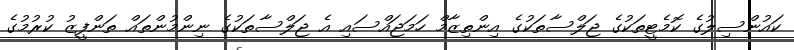
ކައުންސިލުގެ ކޮމެޓީތަކުގެ ޖަލްސާތަކުގެ އިންތިޒާމް ހަމަޖައްސައި އެ ޖަލްސާތަކުގެ ނިންމުންތައް ތަންފީޒު ކުރުމުގެ